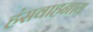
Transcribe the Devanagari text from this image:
हंसवाहनाय